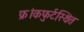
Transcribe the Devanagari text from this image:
फ्रांकफुर्टस्थित